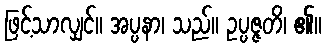
ဖြင့်သာလျှင်။ အပ္ပနာ၊ သည်။ ဥပ္ပဇ္ဇတိ၊ ၏။